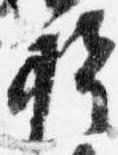
権